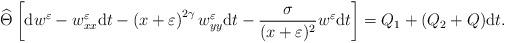
LaTeX: \begin{align*}\widehat\Theta\left[{\rm d}w^{\varepsilon}-w_{xx}^{\varepsilon}{\rm d}t-\left(x+\varepsilon\right)^{2\gamma}w_{yy}^{\varepsilon}{\rm d}t-\frac{\sigma}{(x+\varepsilon)^2}w^{\varepsilon}{\rm d}t\right]=Q_1+(Q_2+Q){\rm d}t.\end{align*}